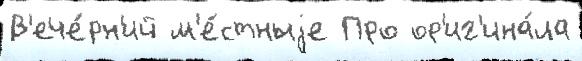
В'ече́рн'ий м'е́стныjе Про ор'иг'ина́ла